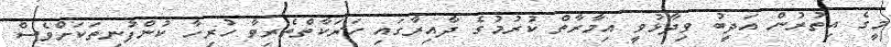
މީގެ އިތުރުން އަދީބު ވިދާޅުވީ އިމާރާތް ކުރުމުގެ ދާއިރާގައި ހަރަކާތްތެރިވާ ހުރިހާ ކުންފުނިތަކަށްވެސް